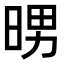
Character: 𭦉